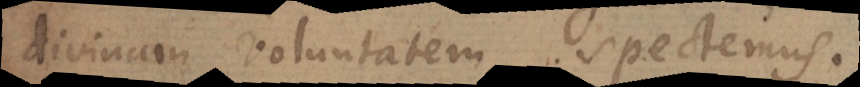
divinam voluntatem spectemus.